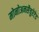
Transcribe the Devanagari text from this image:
मोनोअनसैचुरेटेड